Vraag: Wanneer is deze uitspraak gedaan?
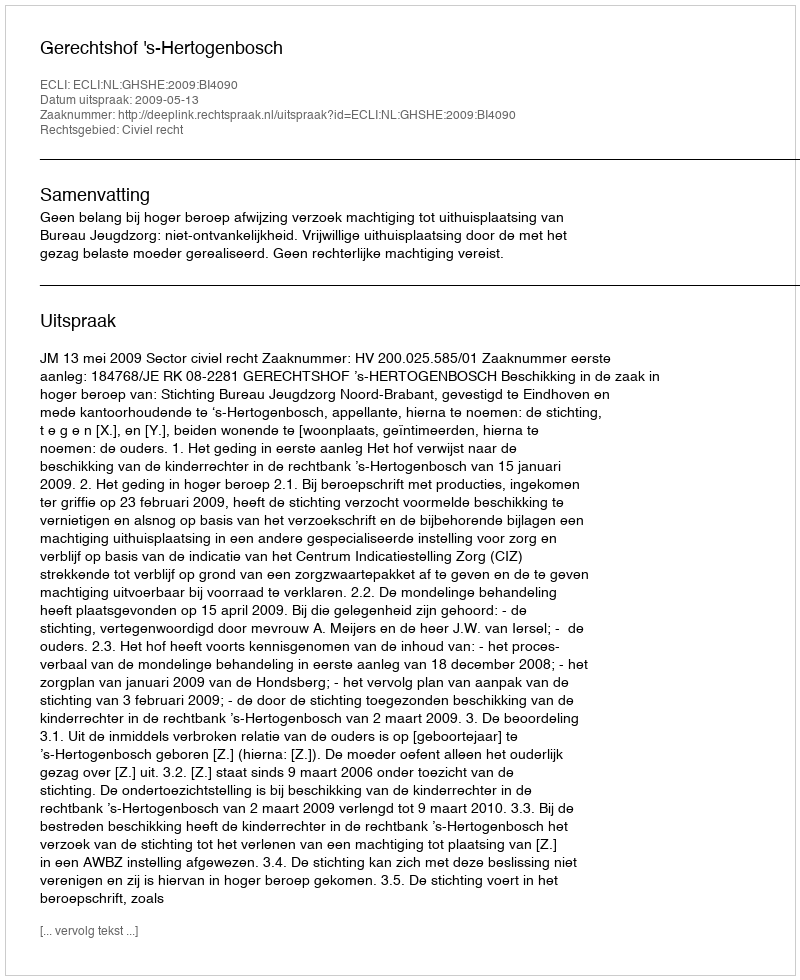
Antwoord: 2009-05-13